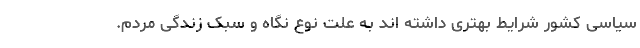
سیاسی کشور شرایط بهتری داشته اند به علت نوع نگاه و سبک زندگی مردم.